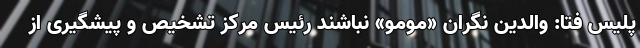
پلیس فتا: والدین نگران «مومو» نباشند رئیس مرکز تشخیص و پیشگیری از